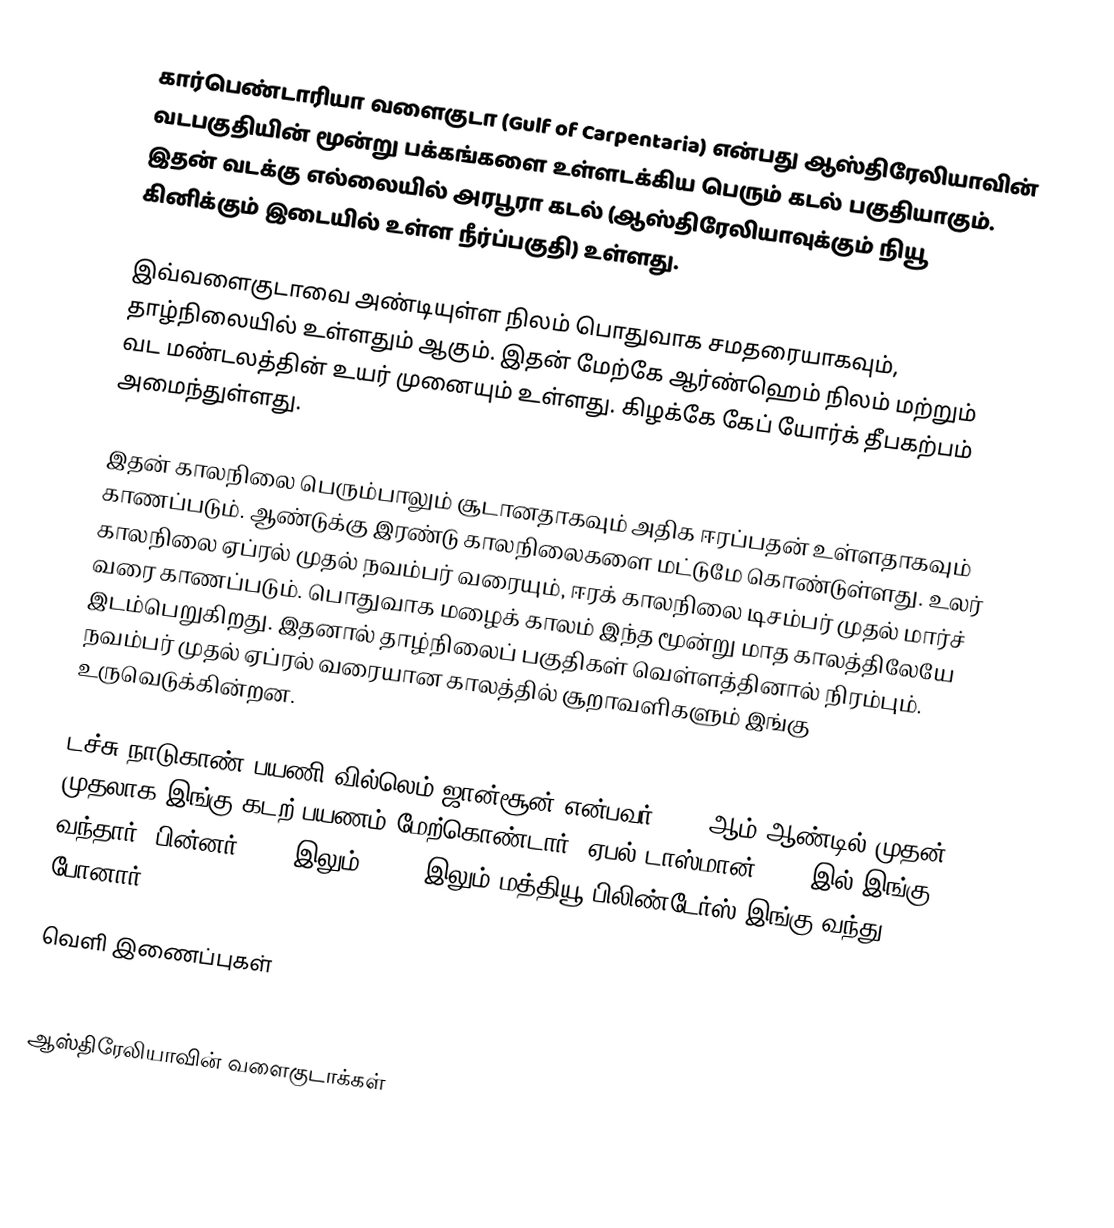
கார்பெண்டாரியா வளைகுடா (Gulf of Carpentaria) என்பது ஆஸ்திரேலியாவின் வடபகுதியின் மூன்று பக்கங்களை உள்ளடக்கிய பெரும் கடல் பகுதியாகும். இதன் வடக்கு எல்லையில் அரபூரா கடல் (ஆஸ்திரேலியாவுக்கும் நியூ கினிக்கும் இடையில் உள்ள நீர்ப்பகுதி) உள்ளது.

இவ்வளைகுடாவை அண்டியுள்ள நிலம் பொதுவாக சமதரையாகவும், தாழ்நிலையில் உள்ளதும் ஆகும். இதன் மேற்கே ஆர்ண்ஹெம் நிலம் மற்றும் வட மண்டலத்தின் உயர் முனையும் உள்ளது. கிழக்கே கேப் யோர்க் தீபகற்பம் அமைந்துள்ளது.

இதன் காலநிலை பெரும்பாலும் சூடானதாகவும் அதிக ஈரப்பதன் உள்ளதாகவும் காணப்படும். ஆண்டுக்கு இரண்டு காலநிலைகளை மட்டுமே கொண்டுள்ளது. உலர் காலநிலை ஏப்ரல் முதல் நவம்பர் வரையும், ஈரக் காலநிலை டிசம்பர் முதல் மார்ச் வரை காணப்படும். பொதுவாக மழைக் காலம் இந்த மூன்று மாத காலத்திலேயே இடம்பெறுகிறது. இதனால் தாழ்நிலைப் பகுதிகள் வெள்ளத்தினால் நிரம்பும். நவம்பர் முதல் ஏப்ரல் வரையான காலத்தில் சூறாவளிகளும் இங்கு உருவெடுக்கின்றன.

டச்சு நாடுகாண் பயணி வில்லெம் ஜான்சூன் என்பவர் 1606 ஆம் ஆண்டில் முதன் முதலாக இங்கு கடற் பயணம் மேற்கொண்டார். ஏபல் டாஸ்மான் 1644 இல் இங்கு வந்தார். பின்னர் 1802 இலும், 1803 இலும் மத்தியூ பிலிண்டேர்ஸ் இங்கு வந்து போனார்.

வெளி இணைப்புகள்
 Video of Burketown and the Gulf from the air

ஆஸ்திரேலியாவின் வளைகுடாக்கள்